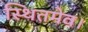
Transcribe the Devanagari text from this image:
स्थितमेव।